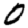
Digit: 0